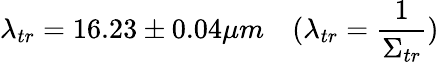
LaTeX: \lambda_{tr}=16.23\pm 0.04\mu m\quad(\lambda_{tr}=\frac{1}{\Sigma_{tr}})